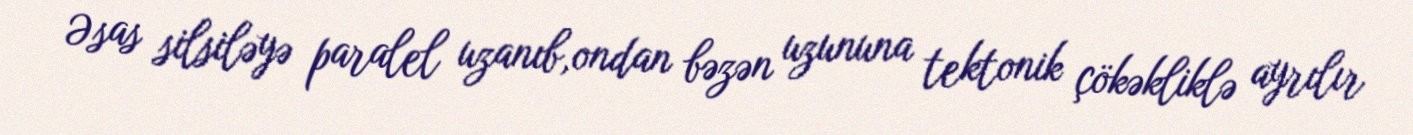
Əsas silsiləyə paralel uzanıb,ondan bəzən uzununa tektonik çökəkliklə ayrılır